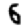
Digit: 6